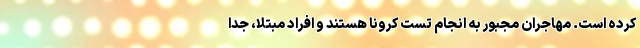
کرده است. مهاجران مجبور به انجام تست کرونا هستند و افراد مبتلا، جدا